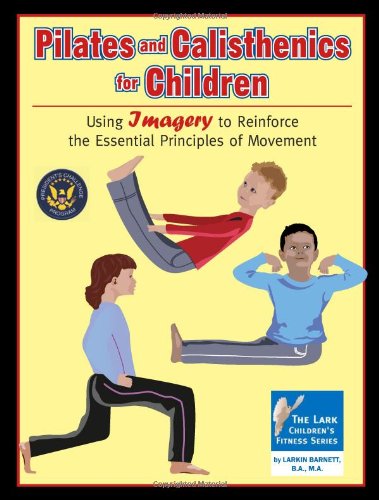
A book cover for Pilates and Calisthenics for Children (Lark Children's Fitness); Larkin Barnett; Health, Fitness & Dieting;